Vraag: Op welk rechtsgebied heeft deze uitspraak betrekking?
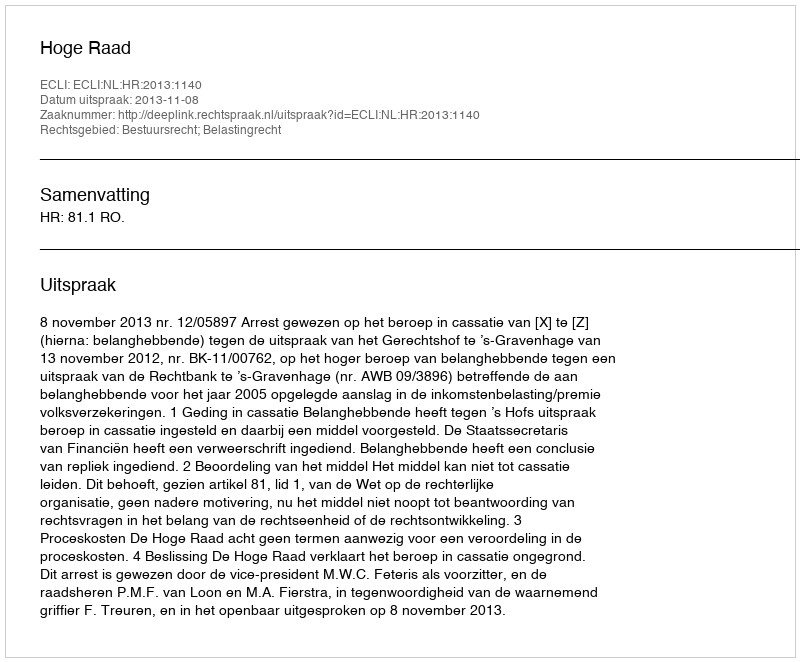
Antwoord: Bestuursrecht; Belastingrecht